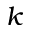
k